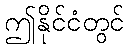
ဤနိုင်ငံတွင်